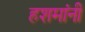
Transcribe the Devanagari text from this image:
हशमांनी